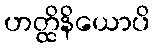
ဟတ္ထိနိယောပိ